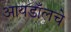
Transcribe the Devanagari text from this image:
आयडॉलचे